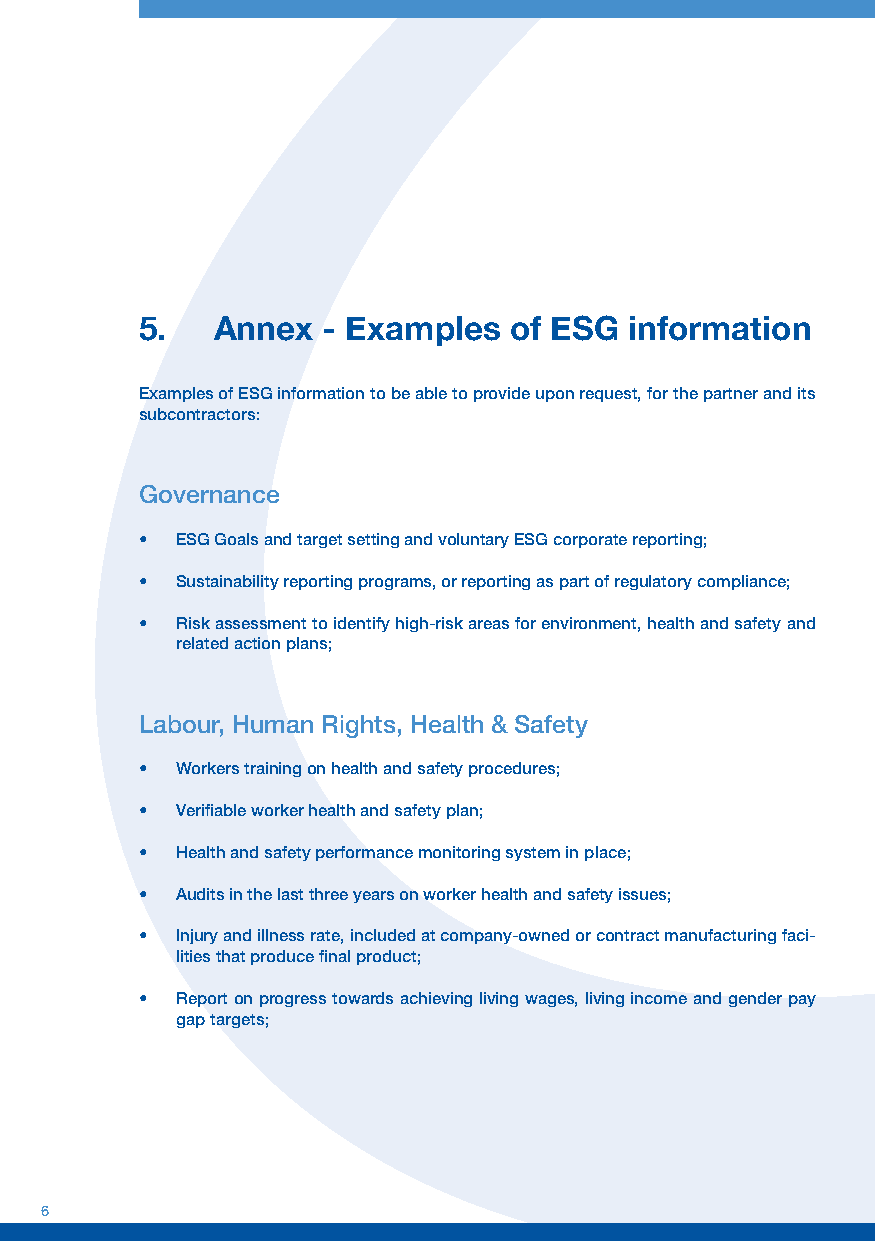
5.   Annex  - Examples   of ESG  information
 Examples of ESG information to be able to provide upon request, for the partner and its
 subcontractors:
 Governance
 •  ESG Goals and target setting and voluntary ESG corporate reporting;
 •  Sustainability reporting programs, or reporting as part of regulatory compliance;
 •  Risk assessment to identify high-risk areas for environment, health and safety and
 related action plans;
 Labour, Human Rights, Health & Safety
 •  Workers training on health and safety procedures;
 •  Verifiable worker health and safety plan;
 •  Health and safety performance monitoring system in place;
 •  Audits in the last three years on worker health and safety issues;
 •  Injury and illness rate, included at company-owned or contract manufacturing faci-
 lities that produce final product;
 •  Report on progress towards achieving living wages, living income and gender pay
 gap targets;
 6